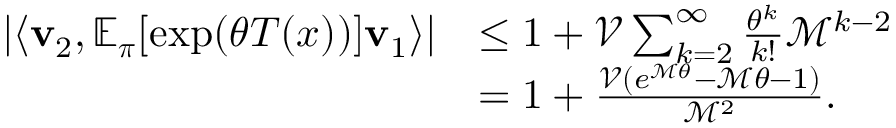
\begin{array} { r l } { \left\lvert \left\langle \mathbf { v } _ { 2 } , \mathbb { E } _ { \boldsymbol \pi } [ \exp ( \theta T ( x ) ) ] \mathbf { v } _ { 1 } \right\rangle \right\rvert } & { \leq 1 + \mathcal { V } \sum _ { k = 2 } ^ { \infty } \frac { \theta ^ { k } } { k ! } \mathcal { M } ^ { k - 2 } } \\ & { = 1 + \frac { \mathcal { V } ( e ^ { \mathcal { M } \theta } - \mathcal { M } \theta - 1 ) } { \mathcal { M } ^ { 2 } } . } \end{array}